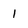
Character: 1